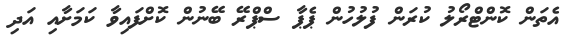
އެތަން ކޮންޓްރޯލު ކުރަން ފުލުހުން ޕެޕާ ސްޕްރޭ ބޭނުން ކޮށްފައިވާ ކަމަށާއި އަދި